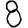
Digit: 8